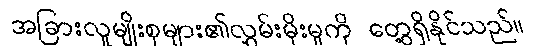
အခြားလူမျိုးစုများ၏လွှမ်းမိုးမှုကို တွေ့ရှိနိုင်သည်။